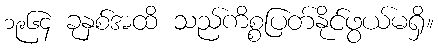
၁၉၆၄ ခုနှစ်အထိ သည်ကိစ္စပြတ်နိုင်ဖွယ်မရှိ။